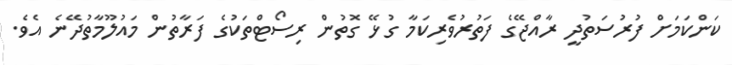
ކަންކަމަށް ފުރުސަތުދީ ރާއްޖޭގެ ފަތުރުވެރިކަމާ ގުޅޭ ގޮތުން ރިސޯޓްތަކުގެ ފަރާތުން މައުލޫމާތުދޭނެ އެވެ.